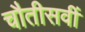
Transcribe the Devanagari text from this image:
चौतीसवीं